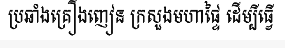
ប្រឆាំងគ្រឿងញៀន ក្រសួងមហាផ្ទៃ ដើម្បីធ្វើ